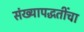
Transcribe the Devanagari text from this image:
संख्यापद्धतींचा